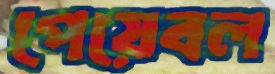
পেয়েবল